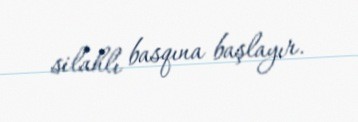
silahlı basqına başlayır.